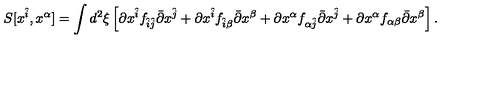
S [ x ^ { \hat { i } } , x ^ { \alpha } ] = \int d ^ { 2 } \xi \left[ \partial x ^ { \hat { i } } f _ { \hat { i } \hat { j } } \bar { \partial } x ^ { \hat { j } } + \partial x ^ { \hat { i } } f _ { \hat { i } \beta } \bar { \partial } x ^ { \beta } + \partial x ^ { \alpha } f _ { \alpha \hat { j } } \bar { \partial } x ^ { \hat { j } } + \partial x ^ { \alpha } f _ { \alpha \beta } \bar { \partial } x ^ { \beta } \right] .